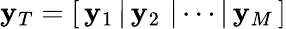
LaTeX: \mathbf y_{T}=\left[\, \mathbf y_{1}\, |\, \mathbf y_{2}\, \, |\cdots|\, \mathbf y_{M}\, \right]